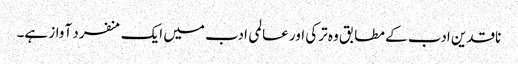
ناقدین ادب کے مطابق وہ ترکی اور عالمی ادب میں ایک منفرد آواز ہے۔